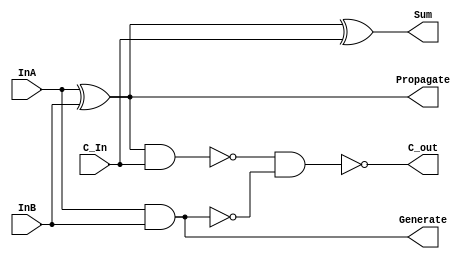
`timescale 1ns / 1ps
//////////////////////////////////////////////////////////////////////////////////
// Module name:   Carry Look ahead adder.
// Group Members: Prateek Gupta, Karan Maini, Amitesh Narayan, Snehal Mhatre 
// 
// Design Name:    FAGP_1bit, CLU_4bit, CLA_16bit
// 
// Project Name: 
//  
// Description: It is a signed 16-bit carry look ahead adder. This program
// shows how the area and timing efficient addittion can be achieved.   
// 
//
//
//////////////////////////////////////////////////////////////////////////////////


//1 bit Carry Look Ahead Adder
module FAGP_1bit(output C_out, output Sum, output Generate, output Propagate, input InA, input InB,input C_In);
wire G_n;
wire B;
xor x1(Propagate,InA,InB);
xor x2(Sum,Propagate,C_In);
nand n1(G_n,InA,InB);
nand n2(B,Propagate,C_In);
not not1(Generate,G_n);
nand n3(C_out,B,G_n);
endmodule


// 4Bit Carry Look Ahead Unit
module CLU_4bit(output [3:0] C_out, input [3:0] Generate, input [3:0] Propagate, input C_In);
  wire[3:0] ab;
  wire[3:0] G_n2;
  nand Nand1(ab[0],Propagate[0],C_In);
  not not2[3:0](G_n2,Generate);
  nand Nand4(C_out[0],G_n2[0],ab[0]);
  nand Nand2[2:0](ab[3:1],Propagate[3:1],C_out[2:0]);
  nand Nand3[2:0](C_out[3:1],G_n2[3:1],ab[3:1]);
endmodule


// 16 bit Carry Look Ahead adder
module CLA_16bit(output Carry_out, output reg [15:0] X, input [15:0] A, input [15:0] B);
  wire [15:0]Sum;
  wire[15:0] Generate,Propagate;
  wire[14:0] c_out;
  CLU_4bit CLU_16bit[3:0](.C_out({Carry_out,c_out[14:0]}), .Generate(Generate[15:0]), .Propagate(Propagate[15:0]), .C_In({c_out[11],c_out[7],c_out[3],1'b0}));
  FAGP_1bit full_add[15:0](.Sum(Sum[15:0]), .Generate(Generate[15:0]), .Propagate(Propagate[15:0]), .InA(A[15:0]), .InB(B[15:0]), .C_In({c_out[14:0],1'b0}));
    always @(*)
        begin
          if (Sum[15]==0 && A[15]==1&&B[15]==1)
          X=16'h8001; 
        else if (Sum[15]==1 && A[15]==0&&B[15]==0 )
          X=16'h7fff;
          else X=Sum;
          end
endmodule